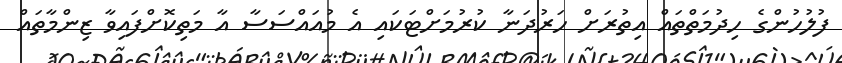
ފުލުހުންގެ ހިދުމަތްތައް އިތުރަށް ހަރުދަނާ ކުރުމަށްޓަކައި އެ މުއައްސަސާ އާ މަތިކޮށްފައިވާ ޒިންމާތައް